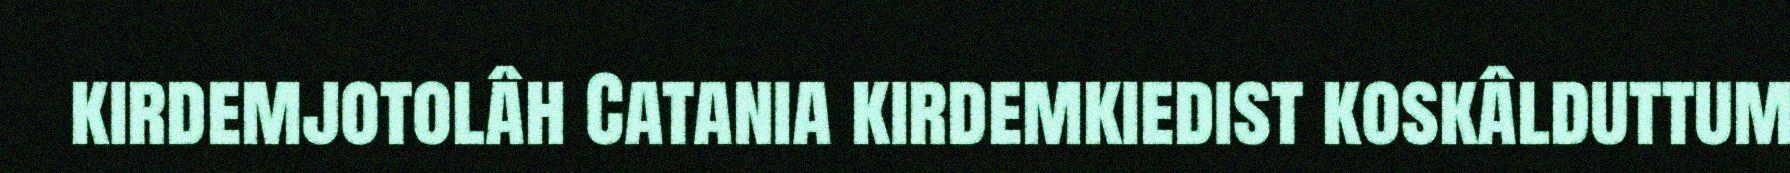
kirdemjotolâh Catania kirdemkiedist koskâlduttum